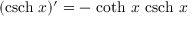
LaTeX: ( \operatorname { c s c h } \, x ) ^ { \prime } = - \, \coth \, x \, \operatorname { c s c h } \, x